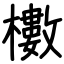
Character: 櫢